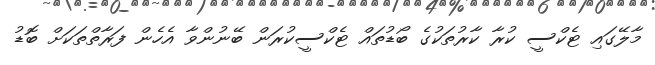
މާލޭގައި ޓެކްސީ ކުރާ ކާރުތަކުގެ ބޯޑުތައް ޓެކްސީކުރަން ބޭނުންވާ އެހެން ފަރާތްތަކަށް ބޮޑު